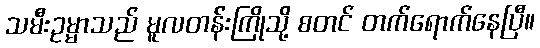
သမီးဥမ္မာသည် မူလတန်းကြိုသို့ စတင် တက်ရောက်နေပြီ။